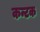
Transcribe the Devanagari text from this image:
कन्टक